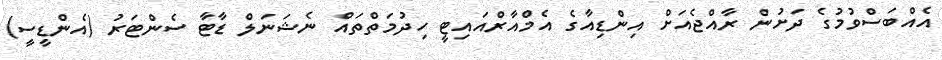
އެއްބަސްވުމުގެ ދަށުން ރާއްޖެއަށް އިންޑިއާގެ އެމްއާރްއައިޓީ ހިދުމަތްތައް ނެޝަނަލް ޑާޓާ ސެންޓަރު (އެންޑީސީ)